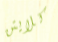
كلايتن